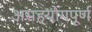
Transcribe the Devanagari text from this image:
असहयोगपूर्ण